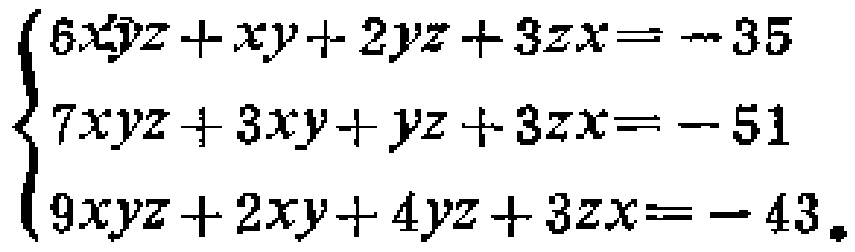
$\begin{cases}

6xyz + xy + 2yz + 3zx = - 35\\

7xyz + 3xy + yz + 3zx = - 51\\

9xyz + 2xy + 4yz + 3zx = - 43

\end{cases}$